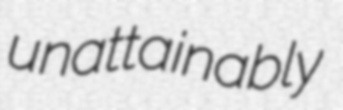
unattainably